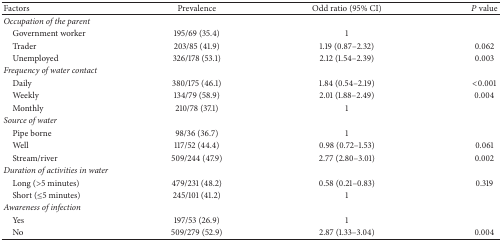
<table><thead><tr><td><b>Factors </b></td><td><b> Prevalence </b></td><td><b>Odd ratio (95% CI)</b></td><td><b><i>P</i> value </b></td></tr></thead><tbody><tr><td colspan="4"><i>Occupation of the parent</i></td></tr><tr><td> Government worker</td><td>195/69 (35.4)</td><td>1</td><td> </td></tr><tr><td> Trader</td><td>203/85 (41.9)</td><td>1.19 (0.87–2.32)</td><td>0.062</td></tr><tr><td> Unemployed</td><td>326/178 (53.1)</td><td>2.12 (1.54–2.39)</td><td>0.003</td></tr><tr><td colspan="4"><i>Frequency of water contact </i></td></tr><tr><td> Daily</td><td>380/175 (46.1)</td><td>1.84 (0.54–2.19)</td><td>&lt;0.001</td></tr><tr><td> Weekly</td><td>134/79 (58.9)</td><td>2.01 (1.88–2.49)</td><td>0.004</td></tr><tr><td> Monthly</td><td>210/78 (37.1)</td><td>1</td><td> </td></tr><tr><td colspan="4"><i>Source of water</i></td></tr><tr><td> Pipe borne</td><td>98/36 (36.7)</td><td>1</td><td> </td></tr><tr><td> Well</td><td>117/52 (44.4)</td><td>0.98 (0.72–1.53)</td><td>0.061</td></tr><tr><td> Stream/river</td><td>509/244 (47.9)</td><td>2.77 (2.80–3.01)</td><td>0.002</td></tr><tr><td colspan="4"><i>Duration of activities in water</i></td></tr><tr><td> Long (&gt;5 minutes)</td><td>479/231 (48.2)</td><td>0.58 (0.21–0.83)</td><td>0.319</td></tr><tr><td> Short (≤5 minutes)</td><td>245/101 (41.2)</td><td>1</td><td> </td></tr><tr><td colspan="4"><i>Awareness of infection </i></td></tr><tr><td> Yes</td><td>197/53 (26.9)</td><td>1</td><td> </td></tr><tr><td> No</td><td>509/279 (52.9)</td><td>2.87 (1.33–3.04)</td><td>0.004</td></tr></tbody></table>